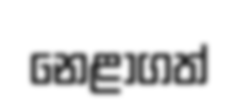
නෙළාගත්